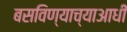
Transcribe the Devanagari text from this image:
बसविण्याच्याआधी